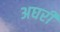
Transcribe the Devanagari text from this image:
अघरी